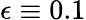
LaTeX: \epsilon\equiv 0.1